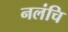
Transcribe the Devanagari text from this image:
नलंचि